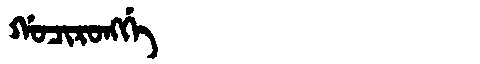
Manchu: ᡤᠣᠴᡳᡵᠣᠩᡤᡝ
Romanization: GOCIRONGGE